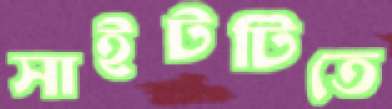
সাইটটিতে